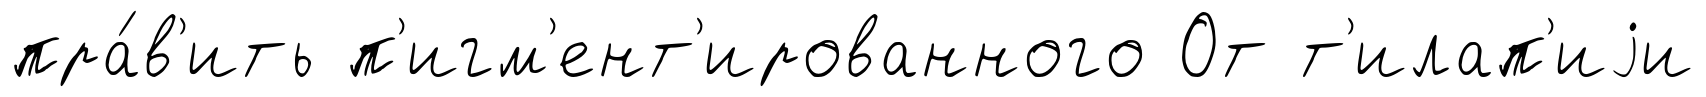
пра́в'ить п'игм'ент'ированного От т'илап'иjи